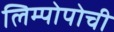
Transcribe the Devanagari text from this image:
लिम्पोपोची